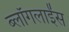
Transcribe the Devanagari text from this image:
ब्लॉगलाईंस